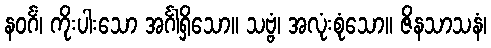
နဝင်္ဂံ၊ ကိုးပါးသော အင်္ဂါရှိသော။ သဗ္ဗံ၊ အလုံးစုံသော။ ဇိနသာသနံ၊